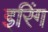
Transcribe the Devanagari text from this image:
इरिंग